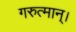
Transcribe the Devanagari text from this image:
गरुत्मान्।